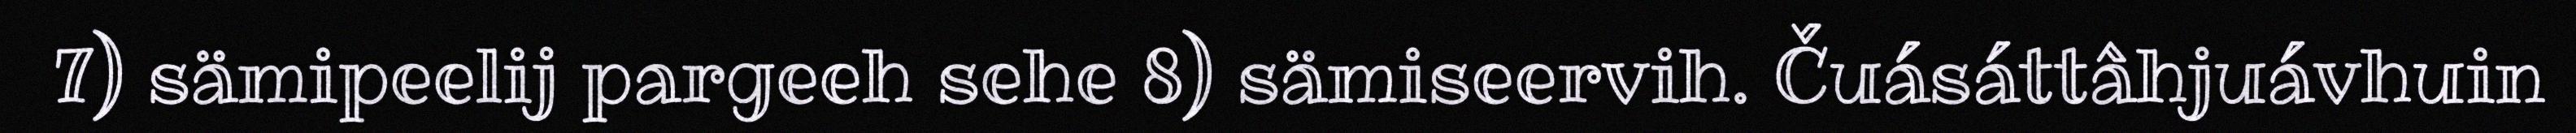
7) sämipeelij pargeeh sehe 8) sämiseervih. Čuásáttâhjuávhuin